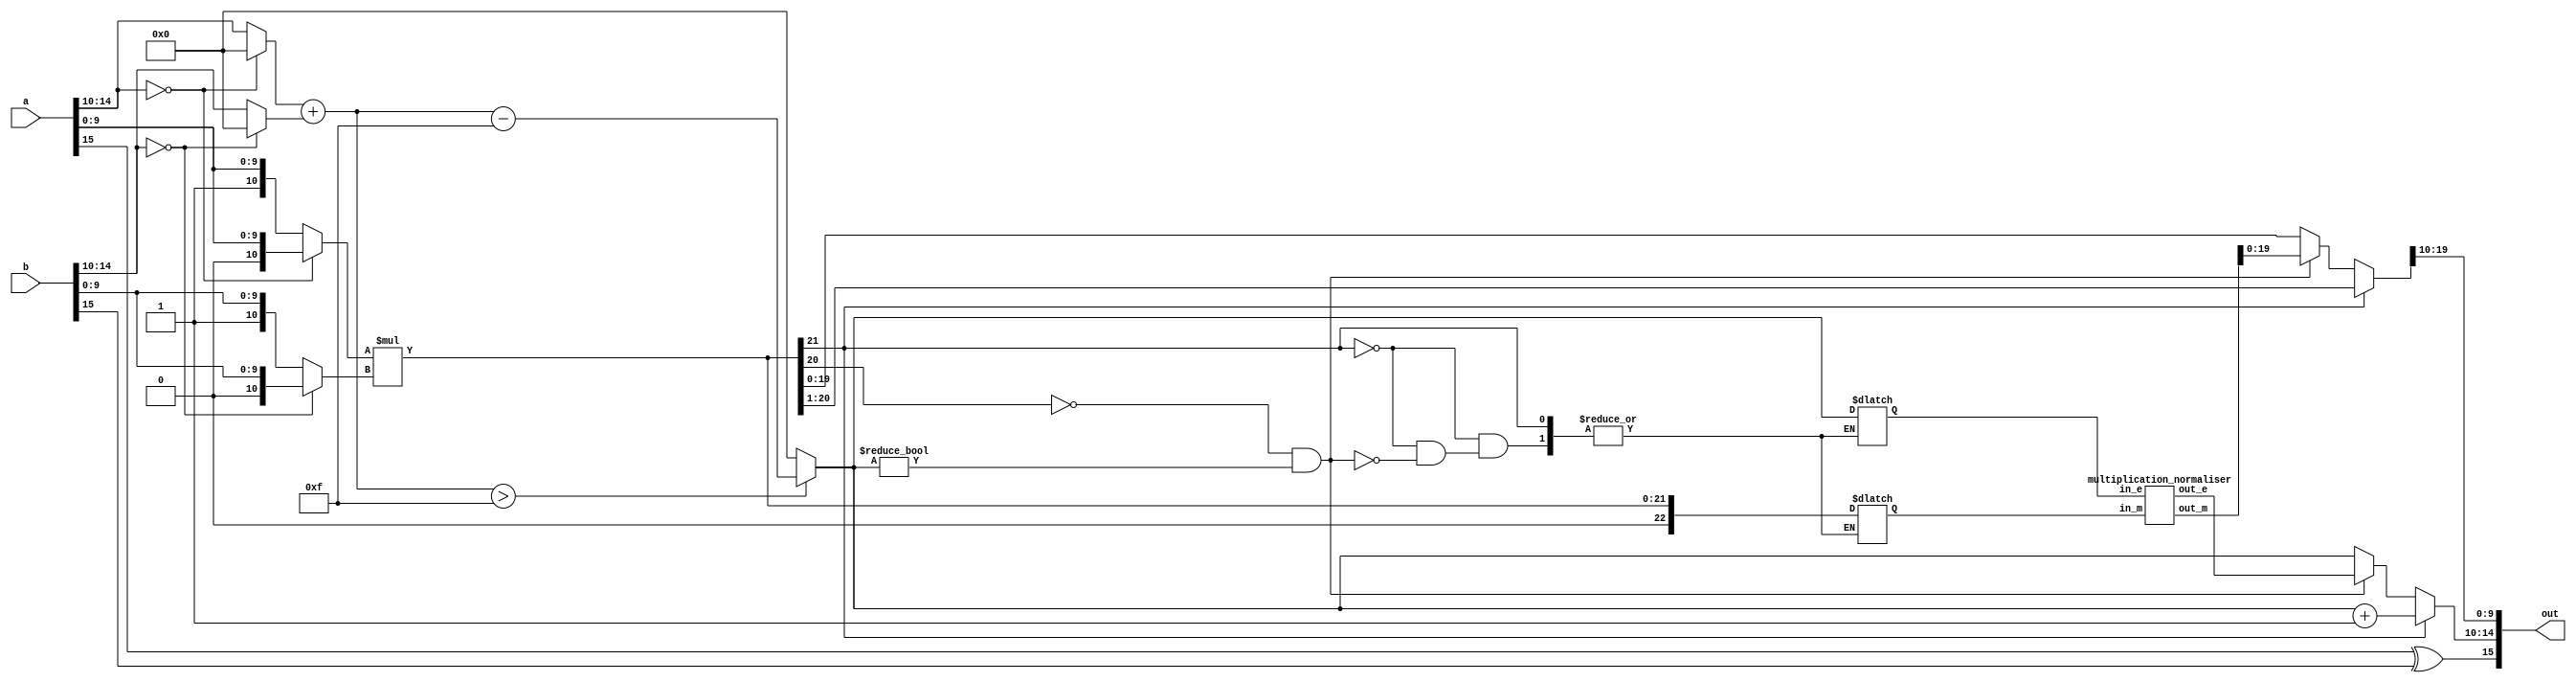
module multiplier(a, b, out);
    input  [15:0] a, b;
    output [15:0] out;

	reg a_sign;
    reg [4:0] a_exponent;
    reg [10:0] a_mantissa;

	reg b_sign;
    reg [4:0] b_exponent;
    reg [10:0] b_mantissa;

    reg o_sign;
    reg [4:0] o_exponent;
    reg [10:0] o_mantissa;

	reg [22:0] product;

    assign out = {o_sign,o_exponent,o_mantissa[9:0]};

	reg  [4:0] i_e;
	reg  [22:0] i_m;
	wire [4:0] o_e;
	wire [22:0] o_m;

	multiplication_normaliser norm1
	(
		.in_e(i_e),
		.in_m(i_m),
		.out_e(o_e),
		.out_m(o_m)
	);


    always @ ( * ) begin

		a_sign = a[15];
		if(a[14:10] == 0) begin
			a_exponent = 5'b00000;
			a_mantissa = {1'b0, a[9:0]}; //11th bit signifies whether it is a subnormal or normal number
			$display("a exp is 0");
		end else begin
			a_exponent = a[14:10];
			a_mantissa = {1'b1, a[9:0]};
			
		end

		b_sign = b[15];
		if(b[14:10] == 0) begin
			b_exponent = 5'b00000;
			b_mantissa = {1'b0, b[9:0]};
			$display("b exp is 0");
		end else begin
			b_exponent = b[14:10];
			b_mantissa = {1'b1, b[9:0]};
		end

    	o_sign = a_sign ^ b_sign;
    	o_exponent = (a_exponent + b_exponent > 5'd15) ? a_exponent + b_exponent - 5'd15 : 5'b00000 ;
		$display("initial-%b",o_exponent);
    	product = a_mantissa * b_mantissa;
		// Normalization
		if(product[21] == 1) begin
			o_exponent = o_exponent + 1;
			product = product >> 1;
			$display("1-%b",o_exponent);
		end else if((product[20] != 1) && (o_exponent != 0)) begin
			i_e = o_exponent;
			i_m = product;
			o_exponent = o_e;
			product = o_m;
			$display("2-%b",o_exponent);
		end
		o_mantissa = product[20:10];
	end
endmodule

module multiplication_normaliser(in_e, in_m, out_e, out_m);
  input [4:0] in_e;
  input [22:0] in_m;
  output [4:0] out_e;
  output [22:0] out_m;

  wire [4:0] in_e;
  wire [22:0] in_m;
  reg [4:0] out_e;
  reg [22:0] out_m;

  always @ ( * ) begin
	  if (in_m[21:16] == 6'b000001) begin
			out_e = in_e - 5;
			out_m = in_m << 5;
		end else if (in_m[21:17] == 5'b00001) begin
			out_e = in_e - 4;
			out_m = in_m << 4;
		end else if (in_m[21:18] == 4'b0001) begin
			out_e = in_e - 3;
			out_m = in_m << 3;
		end else if (in_m[21:19] == 3'b001) begin
			out_e = in_e - 2;
			out_m = in_m << 2;
		end else if (in_m[21:20] == 2'b01) begin
			out_e = in_e - 1;
			out_m = in_m << 1;
		end
  end
endmodule